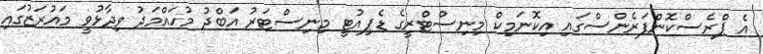
އެ ޕްރެސްކޮންފަރެންސްގައި އިކޮނަމިކް މިނިސްޓްރީގެ ޑެޕިއުޓީ މިނިސްޓަރު އަބްދު މުހައްމަދު ވިދާޅުވީ މައުރަޒުގައި